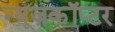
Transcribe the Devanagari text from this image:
न्यूज़कॉप्टर